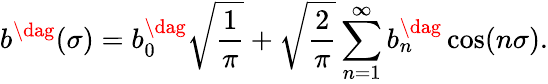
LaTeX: b^{\dag}(\sigma)=b_{0}^{\dag}\sqrt{\frac{1}{\pi}}+\sqrt{\frac{2}{\pi}}\sum_{n=1}^{\infty}{b_{n}^{\dag}\cos(n\sigma)}.